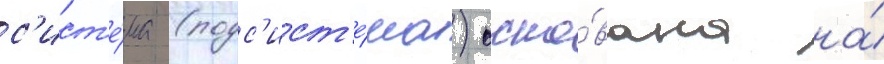
с'ист'е́ма (подс'ист'е́ма) осно́вана на́